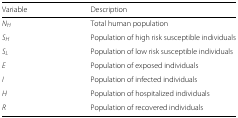
<table><thead><tr><td><b>Variable</b></td><td><b>Description</b></td></tr></thead><tbody><tr><td><i>N</i><sub><i>H</i></sub></td><td>Total human population</td></tr><tr><td><i>S</i><sub><i>H</i></sub></td><td>Population of high risk susceptible individuals</td></tr><tr><td><i>S</i><sub><i>L</i></sub></td><td>Population of low risk susceptible individuals</td></tr><tr><td><i>E</i></td><td>Population of exposed individuals</td></tr><tr><td><i>I</i></td><td>Population of infected individuals</td></tr><tr><td><i>H</i></td><td>Population of hospitalized individuals</td></tr><tr><td><i>R</i></td><td>Population of recovered individuals</td></tr></tbody></table>